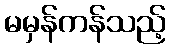
မမှန်ကန်သည့်